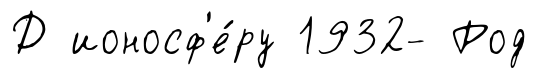
Д ионосф'е́ру 1932- Род